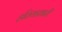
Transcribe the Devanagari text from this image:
हतियारधारी